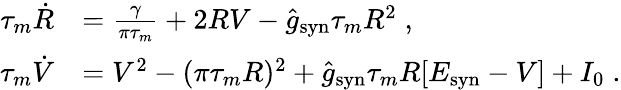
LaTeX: \begin{array}{rl}{\tau_{m}\dot{R}}&{=\frac{\gamma}{\pi\tau_{m}}+2RV-\hat{g}_{\mathrm{syn}}\tau_{m}R^{2}\; ,}\\ {\tau_{m}\dot{V}}&{=V^{2}-(\pi\tau_{m}R)^{2}+\hat{g}_{\mathrm{syn}}\tau_{m}R[E_{\mathrm{syn}}-V]+I_{0}\; .}\end{array}